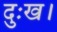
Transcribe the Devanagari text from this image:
दुःख।